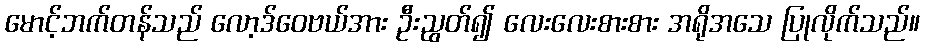
မောင့်ဘက်တန်သည် လော့ဒ်ဝေဗယ်အား ဦးညွတ်၍ လေးလေးစားစား အရိုအသေ ပြုလိုက်သည်။